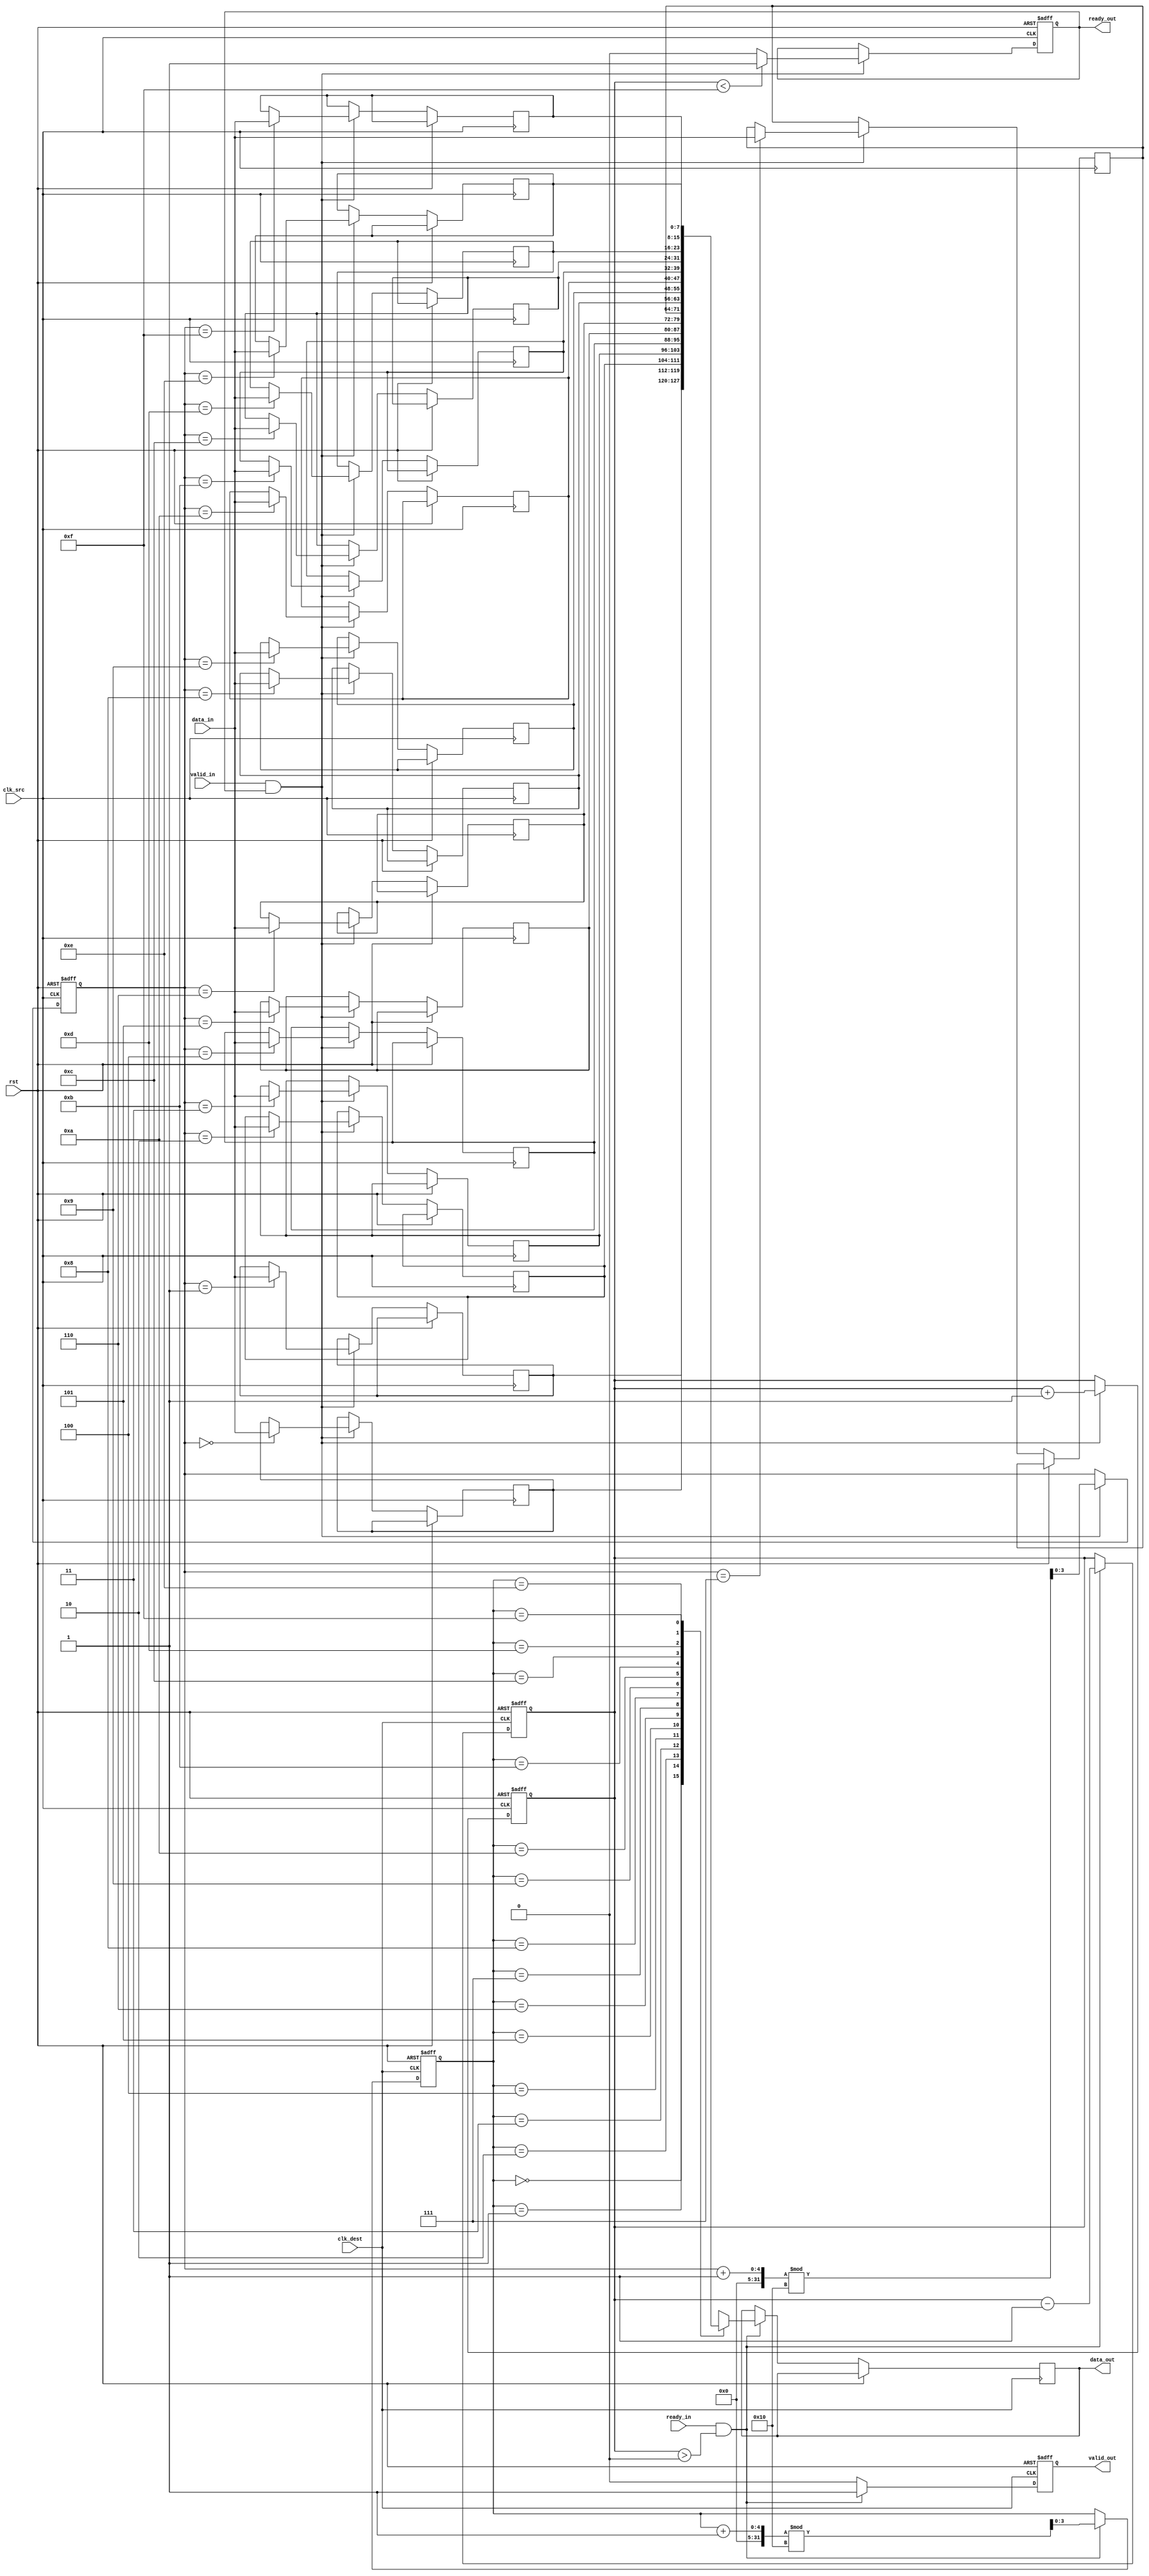
module burst_mode_synchronizer #(
    parameter DATA_WIDTH = 8,
    parameter FIFO_DEPTH = 16
)(
    input wire clk_src,           // Source clock
    input wire clk_dest,          // Destination clock
    input wire rst,               // Global reset
    input wire [DATA_WIDTH-1:0] data_in,  // Data input from source domain
    input wire valid_in,          // Data valid signal from source domain
    output reg ready_out,         // Ready signal to source domain
    output reg [DATA_WIDTH-1:0] data_out, // Data output to destination domain
    output reg valid_out,         // Data valid signal to destination domain
    input wire ready_in           // Ready signal from destination domain
);

    // FIFO buffer
    reg [DATA_WIDTH-1:0] fifo [0:FIFO_DEPTH-1];
    reg [3:0] write_ptr = 0;
    reg [3:0] read_ptr = 0;
    reg [3:0] count = 0;

    // Handshaking signals
    reg write_enable;
    reg read_enable;

    // Reset logic
    always @(posedge clk_src or posedge rst) begin
        if (rst) begin
            write_ptr <= 0;
            count <= 0;
            ready_out <= 1;
            write_enable <= 0;
        end else if (valid_in && ready_out) begin
            fifo[write_ptr] <= data_in;
            write_ptr <= (write_ptr + 1) % FIFO_DEPTH;
            count <= count + 1;
            if (count < FIFO_DEPTH - 1) begin
                ready_out <= 1; // Space available in FIFO
            end else begin
                ready_out <= 0; // FIFO is full
            end
            write_enable <= 1;
        end else begin
            write_enable <= 0;
        end
    end

    always @(posedge clk_dest or posedge rst) begin
        if (rst) begin
            read_ptr <= 0;
            count <= 0;
            valid_out <= 0;
        end else if (ready_in && (count > 0)) begin
            data_out <= fifo[read_ptr];
            read_ptr <= (read_ptr + 1) % FIFO_DEPTH;
            count <= count - 1;
            valid_out <= 1; // Data is valid to read
        end else begin
            valid_out <= 0; // No valid data
        end
    end

endmodule